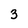
Character: 3